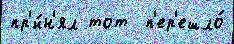
пр'и́н'ял тот  п'ер'ешло́